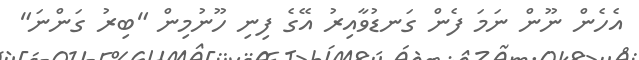
އެހެން ނޫން ނަމަ ފެން ގަނޑުވާއިރު އޭގެ ފިނި ހޫނުމިން "ބިރު ގަންނަ"